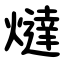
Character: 燵